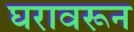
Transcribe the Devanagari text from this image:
घरावरून